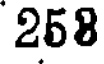
268